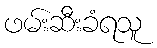
ဖမ်းဆီးခံရသူ